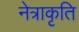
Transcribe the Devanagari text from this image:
नेत्राकृति